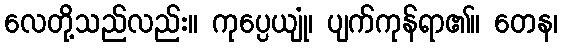
လေတို့သည်လည်း။ ကုပ္ပေယျုံ၊ ပျက်ကုန်ရာ၏။ တေန၊